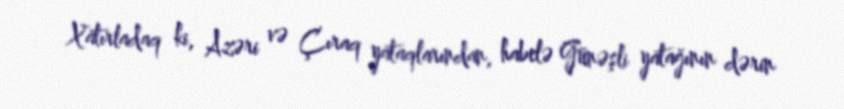
Xatırladaq ki, Azəri və Çıraq yataqlarından, habelə Günəşli yatağının dərin